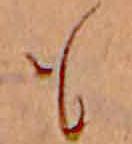
も